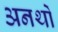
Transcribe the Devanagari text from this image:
अनर्थों